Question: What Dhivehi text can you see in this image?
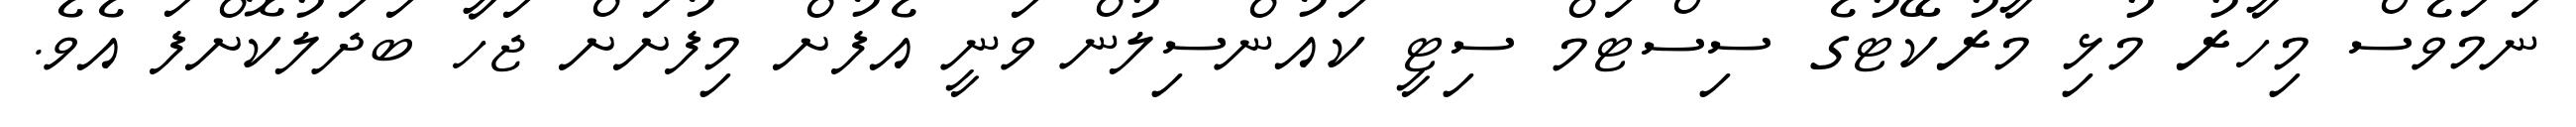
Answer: ނަމަވެސް މިހާރު މުޅި މާރުކޭޓުގެ ސިސްޓަމް ސިޓީ ކައުންސިލުން ވަނީ އެފުށް މިފުށަށް ޖަހާ ބަދަލުކޮށްފަ އެވެ.